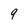
Character: 9